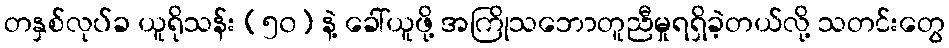
တနှစ်လုပ်ခ ယူရိုသန်း (၅၀) နဲ့ ခေါ်ယူဖို့ အကြိုသဘောတူညီမှုရရှိခဲ့တယ်လို့ သတင်းတွေ